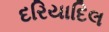
દરિયાદિલ